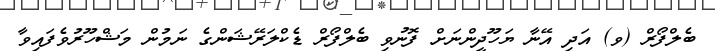
ބެލްފޯރް (ވ) އަދި އޭނާ ޔަހޫދީންނަށް ފޮނުވި ބެލްފޯރް ޑެކްލަރޭޝަންގެ ނަމުން މަޝްހޫރުވެފައިވާ